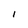
Character: i